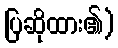
ပြဆိုထား၏)